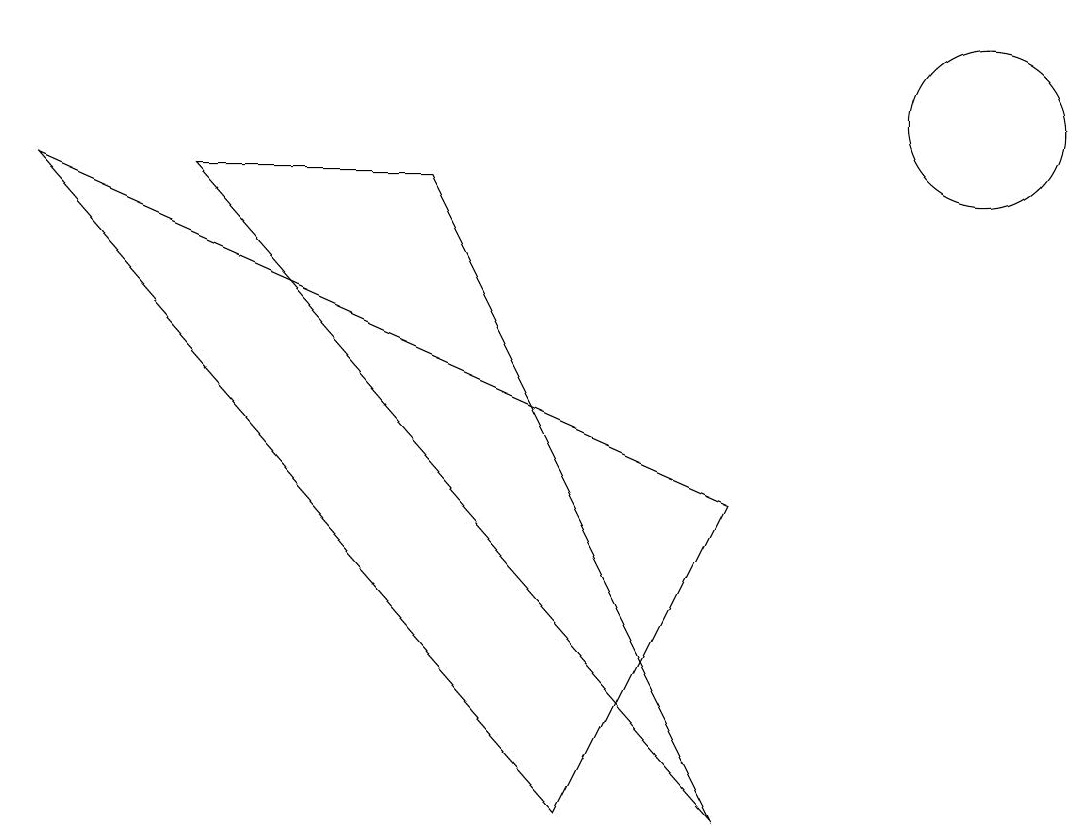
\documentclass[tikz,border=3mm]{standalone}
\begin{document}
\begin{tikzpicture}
\draw (5,9) -- (9,1) -- (2,9) -- cycle;
\draw (12,11) circle (0);
\draw (0,9) -- (7,1) -- (9,5) -- cycle;
\draw (12,10) circle (1);
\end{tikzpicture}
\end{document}